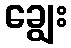
ချွေး